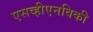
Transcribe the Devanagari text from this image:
एसव्हीएनविकी